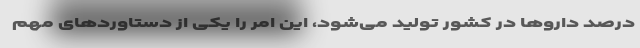
درصد داروها در کشور تولید می‌شود، این امر را یکی از دستاوردهای مهم